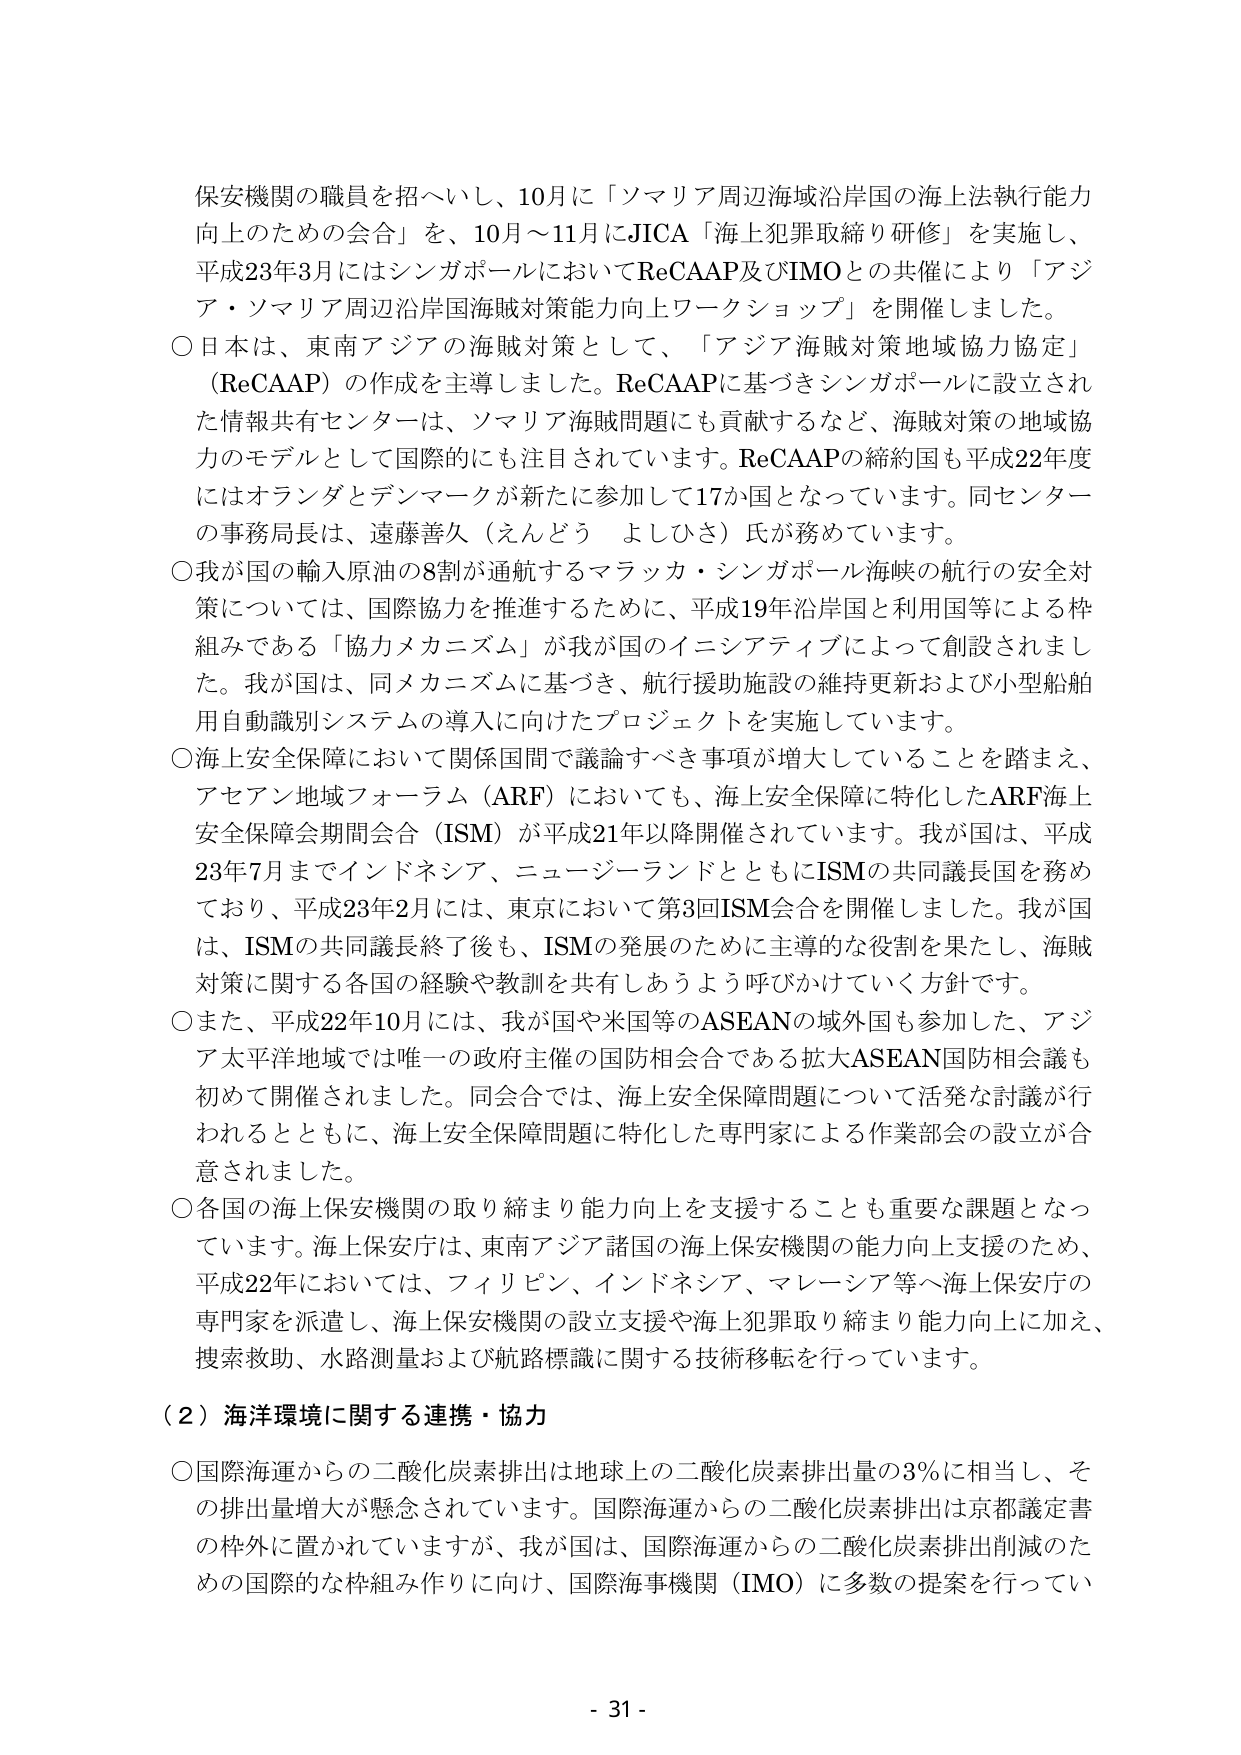
保安機関の職員を招へいし、10月に「ソマリア周辺海域沿岸国の海上法執行能力向上のための会合」を、10月～11月にJICA「海上犯罪取締り研修」を実施し、平成23年3月にはシンガポールにおいてReCAAP及びIMOとの共催により「アジア・ソマリア周辺沿岸国海賊対策能力向上ワークショップ」を開催しました。

○日本は、東南アジアの海賊対策として、「アジア海賊対策地域協力協定」（ReCAAP）の作成を主導しました。ReCAAPに基づきシンガポールに設立された情報共有センターは、ソマリア海賊問題にも貢献するなど、海賊対策の地域協力のモデルとして国際的にも注目されています。ReCAAPの締約国も平成22年度にはオランダとデンマークが新たに参加して17か国となっています。同センターの事務局長は、遠藤善久（えんどう よしひさ）氏が務めています。

○我が国の輸入原油の8割が通航するマラッカ・シンガポール海峡の航行の安全対策については、国際協力を推進するために、平成19年沿岸国と利用国等による枠組みである「協力メカニズム」が我が国のイニシアティブによって創設されました。我が国は、同メカニズムに基づき、航行援助施設の維持更新および小型船舶用自動識別システムの導入に向けたプロジェクトを実施しています。

○海上安全保障において関係国間で議論すべき事項が増大していることを踏まえ、アセアン地域フォーラム（ARF）においても、海上安全保障に特化したARF海上安全保障会期間会合（ISM）が平成21年以降開催されています。我が国は、平成23年7月までインドネシア、ニュージーランドとともにISMの共同議長国を務めており、平成23年2月には、東京において第3回ISM会合を開催しました。我が国は、ISMの共同議長終了後も、ISMの発展のために主導的な役割を果たし、海賊対策に関する各国の経験や教訓を共有しあうよう呼びかけていく方針です。

○また、平成22年10月には、我が国や米国等のASEANの域外国も参加した、アジア太平洋地域では唯一の政府主催の国防相会合である拡大ASEAN国防相会議も初めて開催されました。同会合では、海上安全保障問題について活発な討議が行われるとともに、海上安全保障問題に特化した専門家による作業部会の設立が合意されました。

○各国の海上保安機関の取り締まり能力向上を支援することも重要な課題となっています。海上保安庁は、東南アジア諸国の海上保安機関の能力向上支援のため、平成22年においては、フィリピン、インドネシア、マレーシア等へ海上保安庁の専門家を派遣し、海上保安機関の設立支援や海上犯罪取り締まり能力向上に加え、捜索救助、水路測量および航路標識に関する技術移転を行っています。

（２）海洋環境に関する連携・協力

○国際海運からの二酸化炭素排出は地球上の二酸化炭素排出量の3％に相当し、その排出量増大が懸念されています。国際海運からの二酸化炭素排出は京都議定書の枠外に置かれていますが、我が国は、国際海運からの二酸化炭素排出削減のための国際的な枠組み作りに向け、国際海事機関（IMO）に多数の提案を行ってい

- 31 -